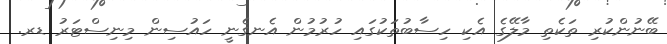
ބޭނުންކުރި ތަކެތި މާލޭގެ އެކި ހިސާބުތަކުގައި ހުރުމުން އެނގެނީ ހައުސިން މިނިސްޓަރު ޑރ.